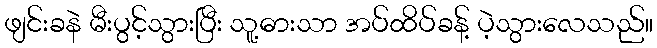
ဖျင်းခနဲ မီးပွင့်သွားပြီး သူ့ဓားသာ အပ်ထိပ်ခန့် ပဲ့သွားလေသည်။